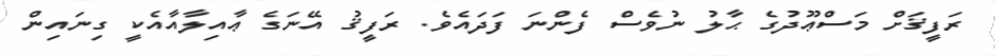
ރަފީޤަށް މަސްޢޫދުގެ ޙާލު ނުވެސް ފެންނަ ފަދައެވެ. ރަފީޤު އޭނަގެ ޢާއިލާއާއެކީ ގިނައިން